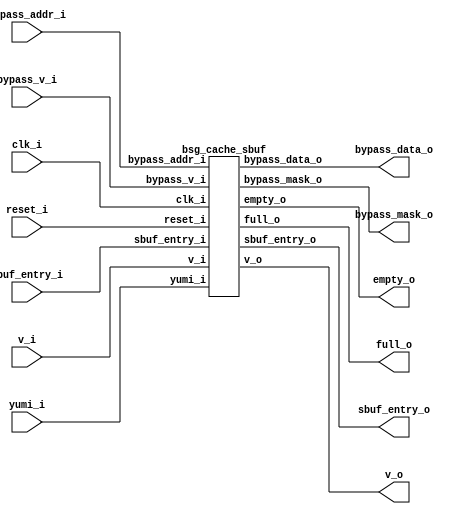
// This program was cloned from: https://github.com/chipsalliance/synlig
// License: Apache License 2.0



module top
(
  clk_i,
  reset_i,
  sbuf_entry_i,
  v_i,
  sbuf_entry_o,
  v_o,
  yumi_i,
  empty_o,
  full_o,
  bypass_addr_i,
  bypass_v_i,
  bypass_data_o,
  bypass_mask_o
);

  input [64:0] sbuf_entry_i;
  output [64:0] sbuf_entry_o;
  input [27:0] bypass_addr_i;
  output [31:0] bypass_data_o;
  output [3:0] bypass_mask_o;
  input clk_i;
  input reset_i;
  input v_i;
  input yumi_i;
  input bypass_v_i;
  output v_o;
  output empty_o;
  output full_o;

  bsg_cache_sbuf
  wrapper
  (
    .sbuf_entry_i(sbuf_entry_i),
    .sbuf_entry_o(sbuf_entry_o),
    .bypass_addr_i(bypass_addr_i),
    .bypass_data_o(bypass_data_o),
    .bypass_mask_o(bypass_mask_o),
    .clk_i(clk_i),
    .reset_i(reset_i),
    .v_i(v_i),
    .yumi_i(yumi_i),
    .bypass_v_i(bypass_v_i),
    .v_o(v_o),
    .empty_o(empty_o),
    .full_o(full_o)
  );


endmodule



module bsg_cache_buffer_queue_width_p65
(
  clk_i,
  reset_i,
  v_i,
  data_i,
  v_o,
  data_o,
  yumi_i,
  el0_valid_o,
  el1_valid_o,
  el0_snoop_o,
  el1_snoop_o,
  empty_o,
  full_o
);

  input [64:0] data_i;
  output [64:0] data_o;
  output [64:0] el0_snoop_o;
  output [64:0] el1_snoop_o;
  input clk_i;
  input reset_i;
  input v_i;
  input yumi_i;
  output v_o;
  output el0_valid_o;
  output el1_valid_o;
  output empty_o;
  output full_o;
  wire [64:0] data_o,el0_snoop_o,el1_snoop_o;
  wire v_o,el0_valid_o,el1_valid_o,empty_o,full_o,N0,N1,N2,N3,N4,N5,N6,N7,N8,N9,N10,
  N11,N12,N13,N14,N15,el0_enable,el1_enable,mux0_sel,mux1_sel,N16,N17,N18,N19,N20,
  N21,N22,N23,N24,N25,N26,N27,N28,N29,N30,N31,N32,N33,N34,N35,N36,N37,N38,N39,N40,
  N41,N42,N43,N44,N45,N46,N47,N48,N49,N50,N51,N52,N53,N54,N55,N56,N57,N58,N59,N60,
  N61,N62,N63,N64,N65,N66,N67,N68,N69,N70,N71,N72,N73,N74,N75,N76,N77,N78,N79,N80,
  N81,N82,N83,N84,N85,N86,N87,N88,N89,N90,N91;
  wire [1:0] num_els_r;
  reg num_els_r_1_sv2v_reg,num_els_r_0_sv2v_reg,el0_snoop_o_64_sv2v_reg,
  el0_snoop_o_63_sv2v_reg,el0_snoop_o_62_sv2v_reg,el0_snoop_o_61_sv2v_reg,
  el0_snoop_o_60_sv2v_reg,el0_snoop_o_59_sv2v_reg,el0_snoop_o_58_sv2v_reg,el0_snoop_o_57_sv2v_reg,
  el0_snoop_o_56_sv2v_reg,el0_snoop_o_55_sv2v_reg,el0_snoop_o_54_sv2v_reg,
  el0_snoop_o_53_sv2v_reg,el0_snoop_o_52_sv2v_reg,el0_snoop_o_51_sv2v_reg,
  el0_snoop_o_50_sv2v_reg,el0_snoop_o_49_sv2v_reg,el0_snoop_o_48_sv2v_reg,el0_snoop_o_47_sv2v_reg,
  el0_snoop_o_46_sv2v_reg,el0_snoop_o_45_sv2v_reg,el0_snoop_o_44_sv2v_reg,
  el0_snoop_o_43_sv2v_reg,el0_snoop_o_42_sv2v_reg,el0_snoop_o_41_sv2v_reg,
  el0_snoop_o_40_sv2v_reg,el0_snoop_o_39_sv2v_reg,el0_snoop_o_38_sv2v_reg,el0_snoop_o_37_sv2v_reg,
  el0_snoop_o_36_sv2v_reg,el0_snoop_o_35_sv2v_reg,el0_snoop_o_34_sv2v_reg,
  el0_snoop_o_33_sv2v_reg,el0_snoop_o_32_sv2v_reg,el0_snoop_o_31_sv2v_reg,
  el0_snoop_o_30_sv2v_reg,el0_snoop_o_29_sv2v_reg,el0_snoop_o_28_sv2v_reg,el0_snoop_o_27_sv2v_reg,
  el0_snoop_o_26_sv2v_reg,el0_snoop_o_25_sv2v_reg,el0_snoop_o_24_sv2v_reg,
  el0_snoop_o_23_sv2v_reg,el0_snoop_o_22_sv2v_reg,el0_snoop_o_21_sv2v_reg,
  el0_snoop_o_20_sv2v_reg,el0_snoop_o_19_sv2v_reg,el0_snoop_o_18_sv2v_reg,el0_snoop_o_17_sv2v_reg,
  el0_snoop_o_16_sv2v_reg,el0_snoop_o_15_sv2v_reg,el0_snoop_o_14_sv2v_reg,
  el0_snoop_o_13_sv2v_reg,el0_snoop_o_12_sv2v_reg,el0_snoop_o_11_sv2v_reg,
  el0_snoop_o_10_sv2v_reg,el0_snoop_o_9_sv2v_reg,el0_snoop_o_8_sv2v_reg,el0_snoop_o_7_sv2v_reg,
  el0_snoop_o_6_sv2v_reg,el0_snoop_o_5_sv2v_reg,el0_snoop_o_4_sv2v_reg,
  el0_snoop_o_3_sv2v_reg,el0_snoop_o_2_sv2v_reg,el0_snoop_o_1_sv2v_reg,el0_snoop_o_0_sv2v_reg,
  el1_snoop_o_64_sv2v_reg,el1_snoop_o_63_sv2v_reg,el1_snoop_o_62_sv2v_reg,
  el1_snoop_o_61_sv2v_reg,el1_snoop_o_60_sv2v_reg,el1_snoop_o_59_sv2v_reg,el1_snoop_o_58_sv2v_reg,
  el1_snoop_o_57_sv2v_reg,el1_snoop_o_56_sv2v_reg,el1_snoop_o_55_sv2v_reg,
  el1_snoop_o_54_sv2v_reg,el1_snoop_o_53_sv2v_reg,el1_snoop_o_52_sv2v_reg,
  el1_snoop_o_51_sv2v_reg,el1_snoop_o_50_sv2v_reg,el1_snoop_o_49_sv2v_reg,el1_snoop_o_48_sv2v_reg,
  el1_snoop_o_47_sv2v_reg,el1_snoop_o_46_sv2v_reg,el1_snoop_o_45_sv2v_reg,
  el1_snoop_o_44_sv2v_reg,el1_snoop_o_43_sv2v_reg,el1_snoop_o_42_sv2v_reg,
  el1_snoop_o_41_sv2v_reg,el1_snoop_o_40_sv2v_reg,el1_snoop_o_39_sv2v_reg,el1_snoop_o_38_sv2v_reg,
  el1_snoop_o_37_sv2v_reg,el1_snoop_o_36_sv2v_reg,el1_snoop_o_35_sv2v_reg,
  el1_snoop_o_34_sv2v_reg,el1_snoop_o_33_sv2v_reg,el1_snoop_o_32_sv2v_reg,
  el1_snoop_o_31_sv2v_reg,el1_snoop_o_30_sv2v_reg,el1_snoop_o_29_sv2v_reg,el1_snoop_o_28_sv2v_reg,
  el1_snoop_o_27_sv2v_reg,el1_snoop_o_26_sv2v_reg,el1_snoop_o_25_sv2v_reg,
  el1_snoop_o_24_sv2v_reg,el1_snoop_o_23_sv2v_reg,el1_snoop_o_22_sv2v_reg,
  el1_snoop_o_21_sv2v_reg,el1_snoop_o_20_sv2v_reg,el1_snoop_o_19_sv2v_reg,el1_snoop_o_18_sv2v_reg,
  el1_snoop_o_17_sv2v_reg,el1_snoop_o_16_sv2v_reg,el1_snoop_o_15_sv2v_reg,
  el1_snoop_o_14_sv2v_reg,el1_snoop_o_13_sv2v_reg,el1_snoop_o_12_sv2v_reg,
  el1_snoop_o_11_sv2v_reg,el1_snoop_o_10_sv2v_reg,el1_snoop_o_9_sv2v_reg,el1_snoop_o_8_sv2v_reg,
  el1_snoop_o_7_sv2v_reg,el1_snoop_o_6_sv2v_reg,el1_snoop_o_5_sv2v_reg,
  el1_snoop_o_4_sv2v_reg,el1_snoop_o_3_sv2v_reg,el1_snoop_o_2_sv2v_reg,el1_snoop_o_1_sv2v_reg,
  el1_snoop_o_0_sv2v_reg;
  assign num_els_r[1] = num_els_r_1_sv2v_reg;
  assign num_els_r[0] = num_els_r_0_sv2v_reg;
  assign el0_snoop_o[64] = el0_snoop_o_64_sv2v_reg;
  assign el0_snoop_o[63] = el0_snoop_o_63_sv2v_reg;
  assign el0_snoop_o[62] = el0_snoop_o_62_sv2v_reg;
  assign el0_snoop_o[61] = el0_snoop_o_61_sv2v_reg;
  assign el0_snoop_o[60] = el0_snoop_o_60_sv2v_reg;
  assign el0_snoop_o[59] = el0_snoop_o_59_sv2v_reg;
  assign el0_snoop_o[58] = el0_snoop_o_58_sv2v_reg;
  assign el0_snoop_o[57] = el0_snoop_o_57_sv2v_reg;
  assign el0_snoop_o[56] = el0_snoop_o_56_sv2v_reg;
  assign el0_snoop_o[55] = el0_snoop_o_55_sv2v_reg;
  assign el0_snoop_o[54] = el0_snoop_o_54_sv2v_reg;
  assign el0_snoop_o[53] = el0_snoop_o_53_sv2v_reg;
  assign el0_snoop_o[52] = el0_snoop_o_52_sv2v_reg;
  assign el0_snoop_o[51] = el0_snoop_o_51_sv2v_reg;
  assign el0_snoop_o[50] = el0_snoop_o_50_sv2v_reg;
  assign el0_snoop_o[49] = el0_snoop_o_49_sv2v_reg;
  assign el0_snoop_o[48] = el0_snoop_o_48_sv2v_reg;
  assign el0_snoop_o[47] = el0_snoop_o_47_sv2v_reg;
  assign el0_snoop_o[46] = el0_snoop_o_46_sv2v_reg;
  assign el0_snoop_o[45] = el0_snoop_o_45_sv2v_reg;
  assign el0_snoop_o[44] = el0_snoop_o_44_sv2v_reg;
  assign el0_snoop_o[43] = el0_snoop_o_43_sv2v_reg;
  assign el0_snoop_o[42] = el0_snoop_o_42_sv2v_reg;
  assign el0_snoop_o[41] = el0_snoop_o_41_sv2v_reg;
  assign el0_snoop_o[40] = el0_snoop_o_40_sv2v_reg;
  assign el0_snoop_o[39] = el0_snoop_o_39_sv2v_reg;
  assign el0_snoop_o[38] = el0_snoop_o_38_sv2v_reg;
  assign el0_snoop_o[37] = el0_snoop_o_37_sv2v_reg;
  assign el0_snoop_o[36] = el0_snoop_o_36_sv2v_reg;
  assign el0_snoop_o[35] = el0_snoop_o_35_sv2v_reg;
  assign el0_snoop_o[34] = el0_snoop_o_34_sv2v_reg;
  assign el0_snoop_o[33] = el0_snoop_o_33_sv2v_reg;
  assign el0_snoop_o[32] = el0_snoop_o_32_sv2v_reg;
  assign el0_snoop_o[31] = el0_snoop_o_31_sv2v_reg;
  assign el0_snoop_o[30] = el0_snoop_o_30_sv2v_reg;
  assign el0_snoop_o[29] = el0_snoop_o_29_sv2v_reg;
  assign el0_snoop_o[28] = el0_snoop_o_28_sv2v_reg;
  assign el0_snoop_o[27] = el0_snoop_o_27_sv2v_reg;
  assign el0_snoop_o[26] = el0_snoop_o_26_sv2v_reg;
  assign el0_snoop_o[25] = el0_snoop_o_25_sv2v_reg;
  assign el0_snoop_o[24] = el0_snoop_o_24_sv2v_reg;
  assign el0_snoop_o[23] = el0_snoop_o_23_sv2v_reg;
  assign el0_snoop_o[22] = el0_snoop_o_22_sv2v_reg;
  assign el0_snoop_o[21] = el0_snoop_o_21_sv2v_reg;
  assign el0_snoop_o[20] = el0_snoop_o_20_sv2v_reg;
  assign el0_snoop_o[19] = el0_snoop_o_19_sv2v_reg;
  assign el0_snoop_o[18] = el0_snoop_o_18_sv2v_reg;
  assign el0_snoop_o[17] = el0_snoop_o_17_sv2v_reg;
  assign el0_snoop_o[16] = el0_snoop_o_16_sv2v_reg;
  assign el0_snoop_o[15] = el0_snoop_o_15_sv2v_reg;
  assign el0_snoop_o[14] = el0_snoop_o_14_sv2v_reg;
  assign el0_snoop_o[13] = el0_snoop_o_13_sv2v_reg;
  assign el0_snoop_o[12] = el0_snoop_o_12_sv2v_reg;
  assign el0_snoop_o[11] = el0_snoop_o_11_sv2v_reg;
  assign el0_snoop_o[10] = el0_snoop_o_10_sv2v_reg;
  assign el0_snoop_o[9] = el0_snoop_o_9_sv2v_reg;
  assign el0_snoop_o[8] = el0_snoop_o_8_sv2v_reg;
  assign el0_snoop_o[7] = el0_snoop_o_7_sv2v_reg;
  assign el0_snoop_o[6] = el0_snoop_o_6_sv2v_reg;
  assign el0_snoop_o[5] = el0_snoop_o_5_sv2v_reg;
  assign el0_snoop_o[4] = el0_snoop_o_4_sv2v_reg;
  assign el0_snoop_o[3] = el0_snoop_o_3_sv2v_reg;
  assign el0_snoop_o[2] = el0_snoop_o_2_sv2v_reg;
  assign el0_snoop_o[1] = el0_snoop_o_1_sv2v_reg;
  assign el0_snoop_o[0] = el0_snoop_o_0_sv2v_reg;
  assign el1_snoop_o[64] = el1_snoop_o_64_sv2v_reg;
  assign el1_snoop_o[63] = el1_snoop_o_63_sv2v_reg;
  assign el1_snoop_o[62] = el1_snoop_o_62_sv2v_reg;
  assign el1_snoop_o[61] = el1_snoop_o_61_sv2v_reg;
  assign el1_snoop_o[60] = el1_snoop_o_60_sv2v_reg;
  assign el1_snoop_o[59] = el1_snoop_o_59_sv2v_reg;
  assign el1_snoop_o[58] = el1_snoop_o_58_sv2v_reg;
  assign el1_snoop_o[57] = el1_snoop_o_57_sv2v_reg;
  assign el1_snoop_o[56] = el1_snoop_o_56_sv2v_reg;
  assign el1_snoop_o[55] = el1_snoop_o_55_sv2v_reg;
  assign el1_snoop_o[54] = el1_snoop_o_54_sv2v_reg;
  assign el1_snoop_o[53] = el1_snoop_o_53_sv2v_reg;
  assign el1_snoop_o[52] = el1_snoop_o_52_sv2v_reg;
  assign el1_snoop_o[51] = el1_snoop_o_51_sv2v_reg;
  assign el1_snoop_o[50] = el1_snoop_o_50_sv2v_reg;
  assign el1_snoop_o[49] = el1_snoop_o_49_sv2v_reg;
  assign el1_snoop_o[48] = el1_snoop_o_48_sv2v_reg;
  assign el1_snoop_o[47] = el1_snoop_o_47_sv2v_reg;
  assign el1_snoop_o[46] = el1_snoop_o_46_sv2v_reg;
  assign el1_snoop_o[45] = el1_snoop_o_45_sv2v_reg;
  assign el1_snoop_o[44] = el1_snoop_o_44_sv2v_reg;
  assign el1_snoop_o[43] = el1_snoop_o_43_sv2v_reg;
  assign el1_snoop_o[42] = el1_snoop_o_42_sv2v_reg;
  assign el1_snoop_o[41] = el1_snoop_o_41_sv2v_reg;
  assign el1_snoop_o[40] = el1_snoop_o_40_sv2v_reg;
  assign el1_snoop_o[39] = el1_snoop_o_39_sv2v_reg;
  assign el1_snoop_o[38] = el1_snoop_o_38_sv2v_reg;
  assign el1_snoop_o[37] = el1_snoop_o_37_sv2v_reg;
  assign el1_snoop_o[36] = el1_snoop_o_36_sv2v_reg;
  assign el1_snoop_o[35] = el1_snoop_o_35_sv2v_reg;
  assign el1_snoop_o[34] = el1_snoop_o_34_sv2v_reg;
  assign el1_snoop_o[33] = el1_snoop_o_33_sv2v_reg;
  assign el1_snoop_o[32] = el1_snoop_o_32_sv2v_reg;
  assign el1_snoop_o[31] = el1_snoop_o_31_sv2v_reg;
  assign el1_snoop_o[30] = el1_snoop_o_30_sv2v_reg;
  assign el1_snoop_o[29] = el1_snoop_o_29_sv2v_reg;
  assign el1_snoop_o[28] = el1_snoop_o_28_sv2v_reg;
  assign el1_snoop_o[27] = el1_snoop_o_27_sv2v_reg;
  assign el1_snoop_o[26] = el1_snoop_o_26_sv2v_reg;
  assign el1_snoop_o[25] = el1_snoop_o_25_sv2v_reg;
  assign el1_snoop_o[24] = el1_snoop_o_24_sv2v_reg;
  assign el1_snoop_o[23] = el1_snoop_o_23_sv2v_reg;
  assign el1_snoop_o[22] = el1_snoop_o_22_sv2v_reg;
  assign el1_snoop_o[21] = el1_snoop_o_21_sv2v_reg;
  assign el1_snoop_o[20] = el1_snoop_o_20_sv2v_reg;
  assign el1_snoop_o[19] = el1_snoop_o_19_sv2v_reg;
  assign el1_snoop_o[18] = el1_snoop_o_18_sv2v_reg;
  assign el1_snoop_o[17] = el1_snoop_o_17_sv2v_reg;
  assign el1_snoop_o[16] = el1_snoop_o_16_sv2v_reg;
  assign el1_snoop_o[15] = el1_snoop_o_15_sv2v_reg;
  assign el1_snoop_o[14] = el1_snoop_o_14_sv2v_reg;
  assign el1_snoop_o[13] = el1_snoop_o_13_sv2v_reg;
  assign el1_snoop_o[12] = el1_snoop_o_12_sv2v_reg;
  assign el1_snoop_o[11] = el1_snoop_o_11_sv2v_reg;
  assign el1_snoop_o[10] = el1_snoop_o_10_sv2v_reg;
  assign el1_snoop_o[9] = el1_snoop_o_9_sv2v_reg;
  assign el1_snoop_o[8] = el1_snoop_o_8_sv2v_reg;
  assign el1_snoop_o[7] = el1_snoop_o_7_sv2v_reg;
  assign el1_snoop_o[6] = el1_snoop_o_6_sv2v_reg;
  assign el1_snoop_o[5] = el1_snoop_o_5_sv2v_reg;
  assign el1_snoop_o[4] = el1_snoop_o_4_sv2v_reg;
  assign el1_snoop_o[3] = el1_snoop_o_3_sv2v_reg;
  assign el1_snoop_o[2] = el1_snoop_o_2_sv2v_reg;
  assign el1_snoop_o[1] = el1_snoop_o_1_sv2v_reg;
  assign el1_snoop_o[0] = el1_snoop_o_0_sv2v_reg;
  assign N10 = N8 & N9;
  assign N11 = num_els_r[1] | N9;
  assign N13 = N8 | num_els_r[0];
  assign N15 = num_els_r[1] & num_els_r[0];
  assign { N20, N19 } = num_els_r + v_i;
  assign { N23, N22 } = { N20, N19 } - N21;
  assign v_o = (N0)? v_i : 
               (N1)? 1'b1 : 
               (N2)? 1'b1 : 
               (N3)? 1'b0 : 1'b0;
  assign N0 = N10;
  assign N1 = N12;
  assign N2 = N14;
  assign N3 = N15;
  assign empty_o = (N0)? 1'b1 : 
                   (N1)? 1'b0 : 
                   (N2)? 1'b0 : 
                   (N3)? 1'b0 : 1'b0;
  assign full_o = (N0)? 1'b0 : 
                  (N1)? 1'b0 : 
                  (N2)? 1'b1 : 
                  (N3)? 1'b0 : 1'b0;
  assign el0_valid_o = (N0)? 1'b0 : 
                       (N1)? 1'b0 : 
                       (N2)? 1'b1 : 
                       (N3)? 1'b0 : 1'b0;
  assign el1_valid_o = (N0)? 1'b0 : 
                       (N1)? 1'b1 : 
                       (N2)? 1'b1 : 
                       (N3)? 1'b0 : 1'b0;
  assign el0_enable = (N0)? 1'b0 : 
                      (N1)? N16 : 
                      (N2)? N17 : 
                      (N3)? 1'b0 : 1'b0;
  assign el1_enable = (N0)? N16 : 
                      (N1)? N17 : 
                      (N2)? yumi_i : 
                      (N3)? 1'b0 : 1'b0;
  assign mux0_sel = (N0)? 1'b0 : 
                    (N1)? 1'b0 : 
                    (N2)? 1'b1 : 
                    (N3)? 1'b0 : 1'b0;
  assign mux1_sel = (N0)? 1'b0 : 
                    (N1)? 1'b1 : 
                    (N2)? 1'b1 : 
                    (N3)? 1'b0 : 1'b0;
  assign { N89, N88, N87, N86, N85, N84, N83, N82, N81, N80, N79, N78, N77, N76, N75, N74, N73, N72, N71, N70, N69, N68, N67, N66, N65, N64, N63, N62, N61, N60, N59, N58, N57, N56, N55, N54, N53, N52, N51, N50, N49, N48, N47, N46, N45, N44, N43, N42, N41, N40, N39, N38, N37, N36, N35, N34, N33, N32, N31, N30, N29, N28, N27, N26, N25 } = (N4)? el0_snoop_o : 
                                                                                                                                                                                                                                                                                                                                                   (N5)? data_i : 1'b0;
  assign N4 = mux0_sel;
  assign N5 = N24;
  assign data_o = (N6)? el1_snoop_o : 
                  (N7)? data_i : 1'b0;
  assign N6 = mux1_sel;
  assign N7 = N90;
  assign N8 = ~num_els_r[1];
  assign N9 = ~num_els_r[0];
  assign N12 = ~N11;
  assign N14 = ~N13;
  assign N16 = v_i & N91;
  assign N91 = ~yumi_i;
  assign N17 = v_i & yumi_i;
  assign N18 = ~reset_i;
  assign N21 = v_o & yumi_i;
  assign N24 = ~mux0_sel;
  assign N90 = ~mux1_sel;

  always @(posedge clk_i) begin
    if(reset_i) begin
      num_els_r_1_sv2v_reg <= 1'b0;
      num_els_r_0_sv2v_reg <= 1'b0;
    end else if(1'b1) begin
      num_els_r_1_sv2v_reg <= N23;
      num_els_r_0_sv2v_reg <= N22;
    end 
    if(el0_enable) begin
      el0_snoop_o_64_sv2v_reg <= data_i[64];
      el0_snoop_o_63_sv2v_reg <= data_i[63];
      el0_snoop_o_62_sv2v_reg <= data_i[62];
      el0_snoop_o_61_sv2v_reg <= data_i[61];
      el0_snoop_o_60_sv2v_reg <= data_i[60];
      el0_snoop_o_59_sv2v_reg <= data_i[59];
      el0_snoop_o_58_sv2v_reg <= data_i[58];
      el0_snoop_o_57_sv2v_reg <= data_i[57];
      el0_snoop_o_56_sv2v_reg <= data_i[56];
      el0_snoop_o_55_sv2v_reg <= data_i[55];
      el0_snoop_o_54_sv2v_reg <= data_i[54];
      el0_snoop_o_53_sv2v_reg <= data_i[53];
      el0_snoop_o_52_sv2v_reg <= data_i[52];
      el0_snoop_o_51_sv2v_reg <= data_i[51];
      el0_snoop_o_50_sv2v_reg <= data_i[50];
      el0_snoop_o_49_sv2v_reg <= data_i[49];
      el0_snoop_o_48_sv2v_reg <= data_i[48];
      el0_snoop_o_47_sv2v_reg <= data_i[47];
      el0_snoop_o_46_sv2v_reg <= data_i[46];
      el0_snoop_o_45_sv2v_reg <= data_i[45];
      el0_snoop_o_44_sv2v_reg <= data_i[44];
      el0_snoop_o_43_sv2v_reg <= data_i[43];
      el0_snoop_o_42_sv2v_reg <= data_i[42];
      el0_snoop_o_41_sv2v_reg <= data_i[41];
      el0_snoop_o_40_sv2v_reg <= data_i[40];
      el0_snoop_o_39_sv2v_reg <= data_i[39];
      el0_snoop_o_38_sv2v_reg <= data_i[38];
      el0_snoop_o_37_sv2v_reg <= data_i[37];
      el0_snoop_o_36_sv2v_reg <= data_i[36];
      el0_snoop_o_35_sv2v_reg <= data_i[35];
      el0_snoop_o_34_sv2v_reg <= data_i[34];
      el0_snoop_o_33_sv2v_reg <= data_i[33];
      el0_snoop_o_32_sv2v_reg <= data_i[32];
      el0_snoop_o_31_sv2v_reg <= data_i[31];
      el0_snoop_o_30_sv2v_reg <= data_i[30];
      el0_snoop_o_29_sv2v_reg <= data_i[29];
      el0_snoop_o_28_sv2v_reg <= data_i[28];
      el0_snoop_o_27_sv2v_reg <= data_i[27];
      el0_snoop_o_26_sv2v_reg <= data_i[26];
      el0_snoop_o_25_sv2v_reg <= data_i[25];
      el0_snoop_o_24_sv2v_reg <= data_i[24];
      el0_snoop_o_23_sv2v_reg <= data_i[23];
      el0_snoop_o_22_sv2v_reg <= data_i[22];
      el0_snoop_o_21_sv2v_reg <= data_i[21];
      el0_snoop_o_20_sv2v_reg <= data_i[20];
      el0_snoop_o_19_sv2v_reg <= data_i[19];
      el0_snoop_o_18_sv2v_reg <= data_i[18];
      el0_snoop_o_17_sv2v_reg <= data_i[17];
      el0_snoop_o_16_sv2v_reg <= data_i[16];
      el0_snoop_o_15_sv2v_reg <= data_i[15];
      el0_snoop_o_14_sv2v_reg <= data_i[14];
      el0_snoop_o_13_sv2v_reg <= data_i[13];
      el0_snoop_o_12_sv2v_reg <= data_i[12];
      el0_snoop_o_11_sv2v_reg <= data_i[11];
      el0_snoop_o_10_sv2v_reg <= data_i[10];
      el0_snoop_o_9_sv2v_reg <= data_i[9];
      el0_snoop_o_8_sv2v_reg <= data_i[8];
      el0_snoop_o_7_sv2v_reg <= data_i[7];
      el0_snoop_o_6_sv2v_reg <= data_i[6];
      el0_snoop_o_5_sv2v_reg <= data_i[5];
      el0_snoop_o_4_sv2v_reg <= data_i[4];
      el0_snoop_o_3_sv2v_reg <= data_i[3];
      el0_snoop_o_2_sv2v_reg <= data_i[2];
      el0_snoop_o_1_sv2v_reg <= data_i[1];
      el0_snoop_o_0_sv2v_reg <= data_i[0];
    end 
    if(el1_enable) begin
      el1_snoop_o_64_sv2v_reg <= N89;
      el1_snoop_o_63_sv2v_reg <= N88;
      el1_snoop_o_62_sv2v_reg <= N87;
      el1_snoop_o_61_sv2v_reg <= N86;
      el1_snoop_o_60_sv2v_reg <= N85;
      el1_snoop_o_59_sv2v_reg <= N84;
      el1_snoop_o_58_sv2v_reg <= N83;
      el1_snoop_o_57_sv2v_reg <= N82;
      el1_snoop_o_56_sv2v_reg <= N81;
      el1_snoop_o_55_sv2v_reg <= N80;
      el1_snoop_o_54_sv2v_reg <= N79;
      el1_snoop_o_53_sv2v_reg <= N78;
      el1_snoop_o_52_sv2v_reg <= N77;
      el1_snoop_o_51_sv2v_reg <= N76;
      el1_snoop_o_50_sv2v_reg <= N75;
      el1_snoop_o_49_sv2v_reg <= N74;
      el1_snoop_o_48_sv2v_reg <= N73;
      el1_snoop_o_47_sv2v_reg <= N72;
      el1_snoop_o_46_sv2v_reg <= N71;
      el1_snoop_o_45_sv2v_reg <= N70;
      el1_snoop_o_44_sv2v_reg <= N69;
      el1_snoop_o_43_sv2v_reg <= N68;
      el1_snoop_o_42_sv2v_reg <= N67;
      el1_snoop_o_41_sv2v_reg <= N66;
      el1_snoop_o_40_sv2v_reg <= N65;
      el1_snoop_o_39_sv2v_reg <= N64;
      el1_snoop_o_38_sv2v_reg <= N63;
      el1_snoop_o_37_sv2v_reg <= N62;
      el1_snoop_o_36_sv2v_reg <= N61;
      el1_snoop_o_35_sv2v_reg <= N60;
      el1_snoop_o_34_sv2v_reg <= N59;
      el1_snoop_o_33_sv2v_reg <= N58;
      el1_snoop_o_32_sv2v_reg <= N57;
      el1_snoop_o_31_sv2v_reg <= N56;
      el1_snoop_o_30_sv2v_reg <= N55;
      el1_snoop_o_29_sv2v_reg <= N54;
      el1_snoop_o_28_sv2v_reg <= N53;
      el1_snoop_o_27_sv2v_reg <= N52;
      el1_snoop_o_26_sv2v_reg <= N51;
      el1_snoop_o_25_sv2v_reg <= N50;
      el1_snoop_o_24_sv2v_reg <= N49;
      el1_snoop_o_23_sv2v_reg <= N48;
      el1_snoop_o_22_sv2v_reg <= N47;
      el1_snoop_o_21_sv2v_reg <= N46;
      el1_snoop_o_20_sv2v_reg <= N45;
      el1_snoop_o_19_sv2v_reg <= N44;
      el1_snoop_o_18_sv2v_reg <= N43;
      el1_snoop_o_17_sv2v_reg <= N42;
      el1_snoop_o_16_sv2v_reg <= N41;
      el1_snoop_o_15_sv2v_reg <= N40;
      el1_snoop_o_14_sv2v_reg <= N39;
      el1_snoop_o_13_sv2v_reg <= N38;
      el1_snoop_o_12_sv2v_reg <= N37;
      el1_snoop_o_11_sv2v_reg <= N36;
      el1_snoop_o_10_sv2v_reg <= N35;
      el1_snoop_o_9_sv2v_reg <= N34;
      el1_snoop_o_8_sv2v_reg <= N33;
      el1_snoop_o_7_sv2v_reg <= N32;
      el1_snoop_o_6_sv2v_reg <= N31;
      el1_snoop_o_5_sv2v_reg <= N30;
      el1_snoop_o_4_sv2v_reg <= N29;
      el1_snoop_o_3_sv2v_reg <= N28;
      el1_snoop_o_2_sv2v_reg <= N27;
      el1_snoop_o_1_sv2v_reg <= N26;
      el1_snoop_o_0_sv2v_reg <= N25;
    end 
  end


endmodule



module bsg_mux_segmented_segments_p4_segment_width_p8
(
  data0_i,
  data1_i,
  sel_i,
  data_o
);

  input [31:0] data0_i;
  input [31:0] data1_i;
  input [3:0] sel_i;
  output [31:0] data_o;
  wire [31:0] data_o;
  wire N0,N1,N2,N3,N4,N5,N6,N7;
  assign data_o[7:0] = (N0)? data1_i[7:0] : 
                       (N4)? data0_i[7:0] : 1'b0;
  assign N0 = sel_i[0];
  assign data_o[15:8] = (N1)? data1_i[15:8] : 
                        (N5)? data0_i[15:8] : 1'b0;
  assign N1 = sel_i[1];
  assign data_o[23:16] = (N2)? data1_i[23:16] : 
                         (N6)? data0_i[23:16] : 1'b0;
  assign N2 = sel_i[2];
  assign data_o[31:24] = (N3)? data1_i[31:24] : 
                         (N7)? data0_i[31:24] : 1'b0;
  assign N3 = sel_i[3];
  assign N4 = ~sel_i[0];
  assign N5 = ~sel_i[1];
  assign N6 = ~sel_i[2];
  assign N7 = ~sel_i[3];

endmodule



module bsg_cache_sbuf
(
  clk_i,
  reset_i,
  sbuf_entry_i,
  v_i,
  sbuf_entry_o,
  v_o,
  yumi_i,
  empty_o,
  full_o,
  bypass_addr_i,
  bypass_v_i,
  bypass_data_o,
  bypass_mask_o
);

  input [64:0] sbuf_entry_i;
  output [64:0] sbuf_entry_o;
  input [27:0] bypass_addr_i;
  output [31:0] bypass_data_o;
  output [3:0] bypass_mask_o;
  input clk_i;
  input reset_i;
  input v_i;
  input yumi_i;
  input bypass_v_i;
  output v_o;
  output empty_o;
  output full_o;
  wire [64:0] sbuf_entry_o,el0,el1;
  wire [31:0] bypass_data_o,el0or1_data,bypass_data_n;
  wire [3:0] bypass_mask_o,bypass_mask_n;
  wire v_o,empty_o,full_o,N0,el0_valid,el1_valid,tag_hit0_n,tag_hit1_n,tag_hit2_n,
  _2_net__3_,_2_net__2_,_2_net__1_,_2_net__0_,_4_net__3_,_4_net__2_,_4_net__1_,
  _4_net__0_,N1,N2,N3,N4,N5,N6,N7,N8,N9,N10,N11,N12,N13,N14,N15,N16,N17,N18;
  wire [3:3] tag_hit0x4,tag_hit1x4,tag_hit2x4;
  reg bypass_data_o_31_sv2v_reg,bypass_data_o_30_sv2v_reg,bypass_data_o_29_sv2v_reg,
  bypass_data_o_28_sv2v_reg,bypass_data_o_27_sv2v_reg,bypass_data_o_26_sv2v_reg,
  bypass_data_o_25_sv2v_reg,bypass_data_o_24_sv2v_reg,bypass_data_o_23_sv2v_reg,
  bypass_data_o_22_sv2v_reg,bypass_data_o_21_sv2v_reg,bypass_data_o_20_sv2v_reg,
  bypass_data_o_19_sv2v_reg,bypass_data_o_18_sv2v_reg,bypass_data_o_17_sv2v_reg,
  bypass_data_o_16_sv2v_reg,bypass_data_o_15_sv2v_reg,bypass_data_o_14_sv2v_reg,
  bypass_data_o_13_sv2v_reg,bypass_data_o_12_sv2v_reg,bypass_data_o_11_sv2v_reg,
  bypass_data_o_10_sv2v_reg,bypass_data_o_9_sv2v_reg,bypass_data_o_8_sv2v_reg,
  bypass_data_o_7_sv2v_reg,bypass_data_o_6_sv2v_reg,bypass_data_o_5_sv2v_reg,
  bypass_data_o_4_sv2v_reg,bypass_data_o_3_sv2v_reg,bypass_data_o_2_sv2v_reg,bypass_data_o_1_sv2v_reg,
  bypass_data_o_0_sv2v_reg,bypass_mask_o_3_sv2v_reg,bypass_mask_o_2_sv2v_reg,
  bypass_mask_o_1_sv2v_reg,bypass_mask_o_0_sv2v_reg;
  assign bypass_data_o[31] = bypass_data_o_31_sv2v_reg;
  assign bypass_data_o[30] = bypass_data_o_30_sv2v_reg;
  assign bypass_data_o[29] = bypass_data_o_29_sv2v_reg;
  assign bypass_data_o[28] = bypass_data_o_28_sv2v_reg;
  assign bypass_data_o[27] = bypass_data_o_27_sv2v_reg;
  assign bypass_data_o[26] = bypass_data_o_26_sv2v_reg;
  assign bypass_data_o[25] = bypass_data_o_25_sv2v_reg;
  assign bypass_data_o[24] = bypass_data_o_24_sv2v_reg;
  assign bypass_data_o[23] = bypass_data_o_23_sv2v_reg;
  assign bypass_data_o[22] = bypass_data_o_22_sv2v_reg;
  assign bypass_data_o[21] = bypass_data_o_21_sv2v_reg;
  assign bypass_data_o[20] = bypass_data_o_20_sv2v_reg;
  assign bypass_data_o[19] = bypass_data_o_19_sv2v_reg;
  assign bypass_data_o[18] = bypass_data_o_18_sv2v_reg;
  assign bypass_data_o[17] = bypass_data_o_17_sv2v_reg;
  assign bypass_data_o[16] = bypass_data_o_16_sv2v_reg;
  assign bypass_data_o[15] = bypass_data_o_15_sv2v_reg;
  assign bypass_data_o[14] = bypass_data_o_14_sv2v_reg;
  assign bypass_data_o[13] = bypass_data_o_13_sv2v_reg;
  assign bypass_data_o[12] = bypass_data_o_12_sv2v_reg;
  assign bypass_data_o[11] = bypass_data_o_11_sv2v_reg;
  assign bypass_data_o[10] = bypass_data_o_10_sv2v_reg;
  assign bypass_data_o[9] = bypass_data_o_9_sv2v_reg;
  assign bypass_data_o[8] = bypass_data_o_8_sv2v_reg;
  assign bypass_data_o[7] = bypass_data_o_7_sv2v_reg;
  assign bypass_data_o[6] = bypass_data_o_6_sv2v_reg;
  assign bypass_data_o[5] = bypass_data_o_5_sv2v_reg;
  assign bypass_data_o[4] = bypass_data_o_4_sv2v_reg;
  assign bypass_data_o[3] = bypass_data_o_3_sv2v_reg;
  assign bypass_data_o[2] = bypass_data_o_2_sv2v_reg;
  assign bypass_data_o[1] = bypass_data_o_1_sv2v_reg;
  assign bypass_data_o[0] = bypass_data_o_0_sv2v_reg;
  assign bypass_mask_o[3] = bypass_mask_o_3_sv2v_reg;
  assign bypass_mask_o[2] = bypass_mask_o_2_sv2v_reg;
  assign bypass_mask_o[1] = bypass_mask_o_1_sv2v_reg;
  assign bypass_mask_o[0] = bypass_mask_o_0_sv2v_reg;

  bsg_cache_buffer_queue_width_p65
  q0
  (
    .clk_i(clk_i),
    .reset_i(reset_i),
    .v_i(v_i),
    .data_i(sbuf_entry_i),
    .v_o(v_o),
    .data_o(sbuf_entry_o),
    .yumi_i(yumi_i),
    .el0_valid_o(el0_valid),
    .el1_valid_o(el1_valid),
    .el0_snoop_o(el0),
    .el1_snoop_o(el1),
    .empty_o(empty_o),
    .full_o(full_o)
  );

  assign tag_hit0_n = bypass_addr_i[27:2] == el0[64:39];
  assign tag_hit1_n = bypass_addr_i[27:2] == el1[64:39];
  assign tag_hit2_n = bypass_addr_i[27:2] == sbuf_entry_i[64:39];

  bsg_mux_segmented_segments_p4_segment_width_p8
  mux_segmented_merge0
  (
    .data0_i(el1[36:5]),
    .data1_i(el0[36:5]),
    .sel_i({ _2_net__3_, _2_net__2_, _2_net__1_, _2_net__0_ }),
    .data_o(el0or1_data)
  );


  bsg_mux_segmented_segments_p4_segment_width_p8
  mux_segmented_merge1
  (
    .data0_i(el0or1_data),
    .data1_i(sbuf_entry_i[36:5]),
    .sel_i({ _4_net__3_, _4_net__2_, _4_net__1_, _4_net__0_ }),
    .data_o(bypass_data_n)
  );

  assign N2 = (N0)? 1'b1 : 
              (N1)? 1'b0 : 1'b0;
  assign N0 = bypass_v_i;
  assign tag_hit0x4[3] = tag_hit0_n & el0_valid;
  assign tag_hit1x4[3] = tag_hit1_n & el1_valid;
  assign tag_hit2x4[3] = tag_hit2_n & v_i;
  assign bypass_mask_n[3] = N5 | N6;
  assign N5 = N3 | N4;
  assign N3 = tag_hit0x4[3] & el0[4];
  assign N4 = tag_hit1x4[3] & el1[4];
  assign N6 = tag_hit2x4[3] & sbuf_entry_i[4];
  assign bypass_mask_n[2] = N9 | N10;
  assign N9 = N7 | N8;
  assign N7 = tag_hit0x4[3] & el0[3];
  assign N8 = tag_hit1x4[3] & el1[3];
  assign N10 = tag_hit2x4[3] & sbuf_entry_i[3];
  assign bypass_mask_n[1] = N13 | N14;
  assign N13 = N11 | N12;
  assign N11 = tag_hit0x4[3] & el0[2];
  assign N12 = tag_hit1x4[3] & el1[2];
  assign N14 = tag_hit2x4[3] & sbuf_entry_i[2];
  assign bypass_mask_n[0] = N17 | N18;
  assign N17 = N15 | N16;
  assign N15 = tag_hit0x4[3] & el0[1];
  assign N16 = tag_hit1x4[3] & el1[1];
  assign N18 = tag_hit2x4[3] & sbuf_entry_i[1];
  assign _2_net__3_ = tag_hit0x4[3] & el0[4];
  assign _2_net__2_ = tag_hit0x4[3] & el0[3];
  assign _2_net__1_ = tag_hit0x4[3] & el0[2];
  assign _2_net__0_ = tag_hit0x4[3] & el0[1];
  assign _4_net__3_ = tag_hit2x4[3] & sbuf_entry_i[4];
  assign _4_net__2_ = tag_hit2x4[3] & sbuf_entry_i[3];
  assign _4_net__1_ = tag_hit2x4[3] & sbuf_entry_i[2];
  assign _4_net__0_ = tag_hit2x4[3] & sbuf_entry_i[1];
  assign N1 = ~bypass_v_i;

  always @(posedge clk_i) begin
    if(reset_i) begin
      bypass_data_o_31_sv2v_reg <= 1'b0;
      bypass_data_o_30_sv2v_reg <= 1'b0;
      bypass_data_o_29_sv2v_reg <= 1'b0;
      bypass_data_o_28_sv2v_reg <= 1'b0;
      bypass_data_o_27_sv2v_reg <= 1'b0;
      bypass_data_o_26_sv2v_reg <= 1'b0;
      bypass_data_o_25_sv2v_reg <= 1'b0;
      bypass_data_o_24_sv2v_reg <= 1'b0;
      bypass_data_o_23_sv2v_reg <= 1'b0;
      bypass_data_o_22_sv2v_reg <= 1'b0;
      bypass_data_o_21_sv2v_reg <= 1'b0;
      bypass_data_o_20_sv2v_reg <= 1'b0;
      bypass_data_o_19_sv2v_reg <= 1'b0;
      bypass_data_o_18_sv2v_reg <= 1'b0;
      bypass_data_o_17_sv2v_reg <= 1'b0;
      bypass_data_o_16_sv2v_reg <= 1'b0;
      bypass_data_o_15_sv2v_reg <= 1'b0;
      bypass_data_o_14_sv2v_reg <= 1'b0;
      bypass_data_o_13_sv2v_reg <= 1'b0;
      bypass_data_o_12_sv2v_reg <= 1'b0;
      bypass_data_o_11_sv2v_reg <= 1'b0;
      bypass_data_o_10_sv2v_reg <= 1'b0;
      bypass_data_o_9_sv2v_reg <= 1'b0;
      bypass_data_o_8_sv2v_reg <= 1'b0;
      bypass_data_o_7_sv2v_reg <= 1'b0;
      bypass_data_o_6_sv2v_reg <= 1'b0;
      bypass_data_o_5_sv2v_reg <= 1'b0;
      bypass_data_o_4_sv2v_reg <= 1'b0;
      bypass_data_o_3_sv2v_reg <= 1'b0;
      bypass_data_o_2_sv2v_reg <= 1'b0;
      bypass_data_o_1_sv2v_reg <= 1'b0;
      bypass_data_o_0_sv2v_reg <= 1'b0;
      bypass_mask_o_3_sv2v_reg <= 1'b0;
      bypass_mask_o_2_sv2v_reg <= 1'b0;
      bypass_mask_o_1_sv2v_reg <= 1'b0;
      bypass_mask_o_0_sv2v_reg <= 1'b0;
    end else if(N2) begin
      bypass_data_o_31_sv2v_reg <= bypass_data_n[31];
      bypass_data_o_30_sv2v_reg <= bypass_data_n[30];
      bypass_data_o_29_sv2v_reg <= bypass_data_n[29];
      bypass_data_o_28_sv2v_reg <= bypass_data_n[28];
      bypass_data_o_27_sv2v_reg <= bypass_data_n[27];
      bypass_data_o_26_sv2v_reg <= bypass_data_n[26];
      bypass_data_o_25_sv2v_reg <= bypass_data_n[25];
      bypass_data_o_24_sv2v_reg <= bypass_data_n[24];
      bypass_data_o_23_sv2v_reg <= bypass_data_n[23];
      bypass_data_o_22_sv2v_reg <= bypass_data_n[22];
      bypass_data_o_21_sv2v_reg <= bypass_data_n[21];
      bypass_data_o_20_sv2v_reg <= bypass_data_n[20];
      bypass_data_o_19_sv2v_reg <= bypass_data_n[19];
      bypass_data_o_18_sv2v_reg <= bypass_data_n[18];
      bypass_data_o_17_sv2v_reg <= bypass_data_n[17];
      bypass_data_o_16_sv2v_reg <= bypass_data_n[16];
      bypass_data_o_15_sv2v_reg <= bypass_data_n[15];
      bypass_data_o_14_sv2v_reg <= bypass_data_n[14];
      bypass_data_o_13_sv2v_reg <= bypass_data_n[13];
      bypass_data_o_12_sv2v_reg <= bypass_data_n[12];
      bypass_data_o_11_sv2v_reg <= bypass_data_n[11];
      bypass_data_o_10_sv2v_reg <= bypass_data_n[10];
      bypass_data_o_9_sv2v_reg <= bypass_data_n[9];
      bypass_data_o_8_sv2v_reg <= bypass_data_n[8];
      bypass_data_o_7_sv2v_reg <= bypass_data_n[7];
      bypass_data_o_6_sv2v_reg <= bypass_data_n[6];
      bypass_data_o_5_sv2v_reg <= bypass_data_n[5];
      bypass_data_o_4_sv2v_reg <= bypass_data_n[4];
      bypass_data_o_3_sv2v_reg <= bypass_data_n[3];
      bypass_data_o_2_sv2v_reg <= bypass_data_n[2];
      bypass_data_o_1_sv2v_reg <= bypass_data_n[1];
      bypass_data_o_0_sv2v_reg <= bypass_data_n[0];
      bypass_mask_o_3_sv2v_reg <= bypass_mask_n[3];
      bypass_mask_o_2_sv2v_reg <= bypass_mask_n[2];
      bypass_mask_o_1_sv2v_reg <= bypass_mask_n[1];
      bypass_mask_o_0_sv2v_reg <= bypass_mask_n[0];
    end 
  end


endmodule